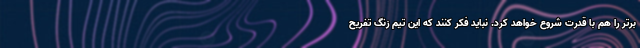
برتر را هم با قدرت شروع خواهد کرد. نباید فکر کنند که این تیم زنگ تفریح